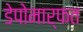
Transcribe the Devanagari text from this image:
डेपोमार्फत